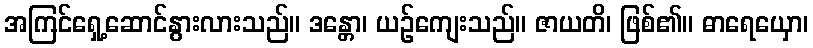
အကြင်ရှေ့ဆောင်နွားလားသည်။ ဒန္တော၊ ယဉ်ကျေးသည်။ ဇာယတိ၊ ဖြစ်၏။ ဓာရေယှော၊